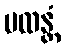
ပထန္တံ